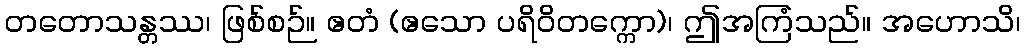
တတောသန္တဿ၊ ဖြစ်စဉ်။ ဧတံ (ဧသော ပရိဝိတက္ကော)၊ ဤအကြံသည်။ အဟောသိ၊